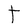
Character: t